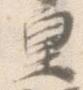
皇